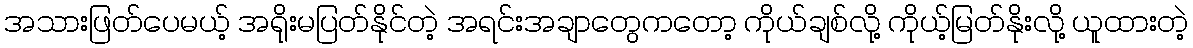
အသားဖြတ်ပေမယ့် အရိုးမပြတ်နိုင်တဲ့ အရင်းအချာတွေကတော့ ကိုယ်ချစ်လို့ ကိုယ့်မြတ်နိုးလို့ ယူထားတဲ့